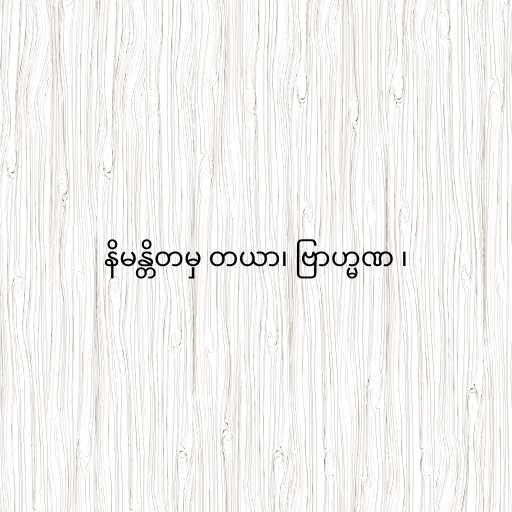
နိမန္တိတမှ တယာ၊ ဗြာဟ္မဏ ၊